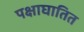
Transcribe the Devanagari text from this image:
पक्षाघातित